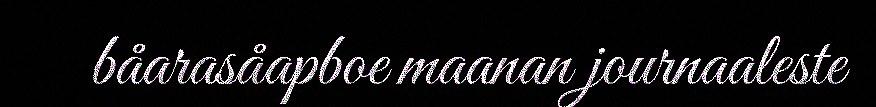
båarasåapboe maanan journaaleste